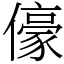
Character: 儫